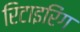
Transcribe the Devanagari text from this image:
रिटाइरिंग